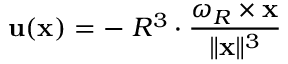
\mathbf { u } ( \mathbf { x } ) = - \; R ^ { 3 } \cdot { \frac { { \boldsymbol { \omega } } _ { R } \times \mathbf { x } } { \| \mathbf { x } \| ^ { 3 } } }